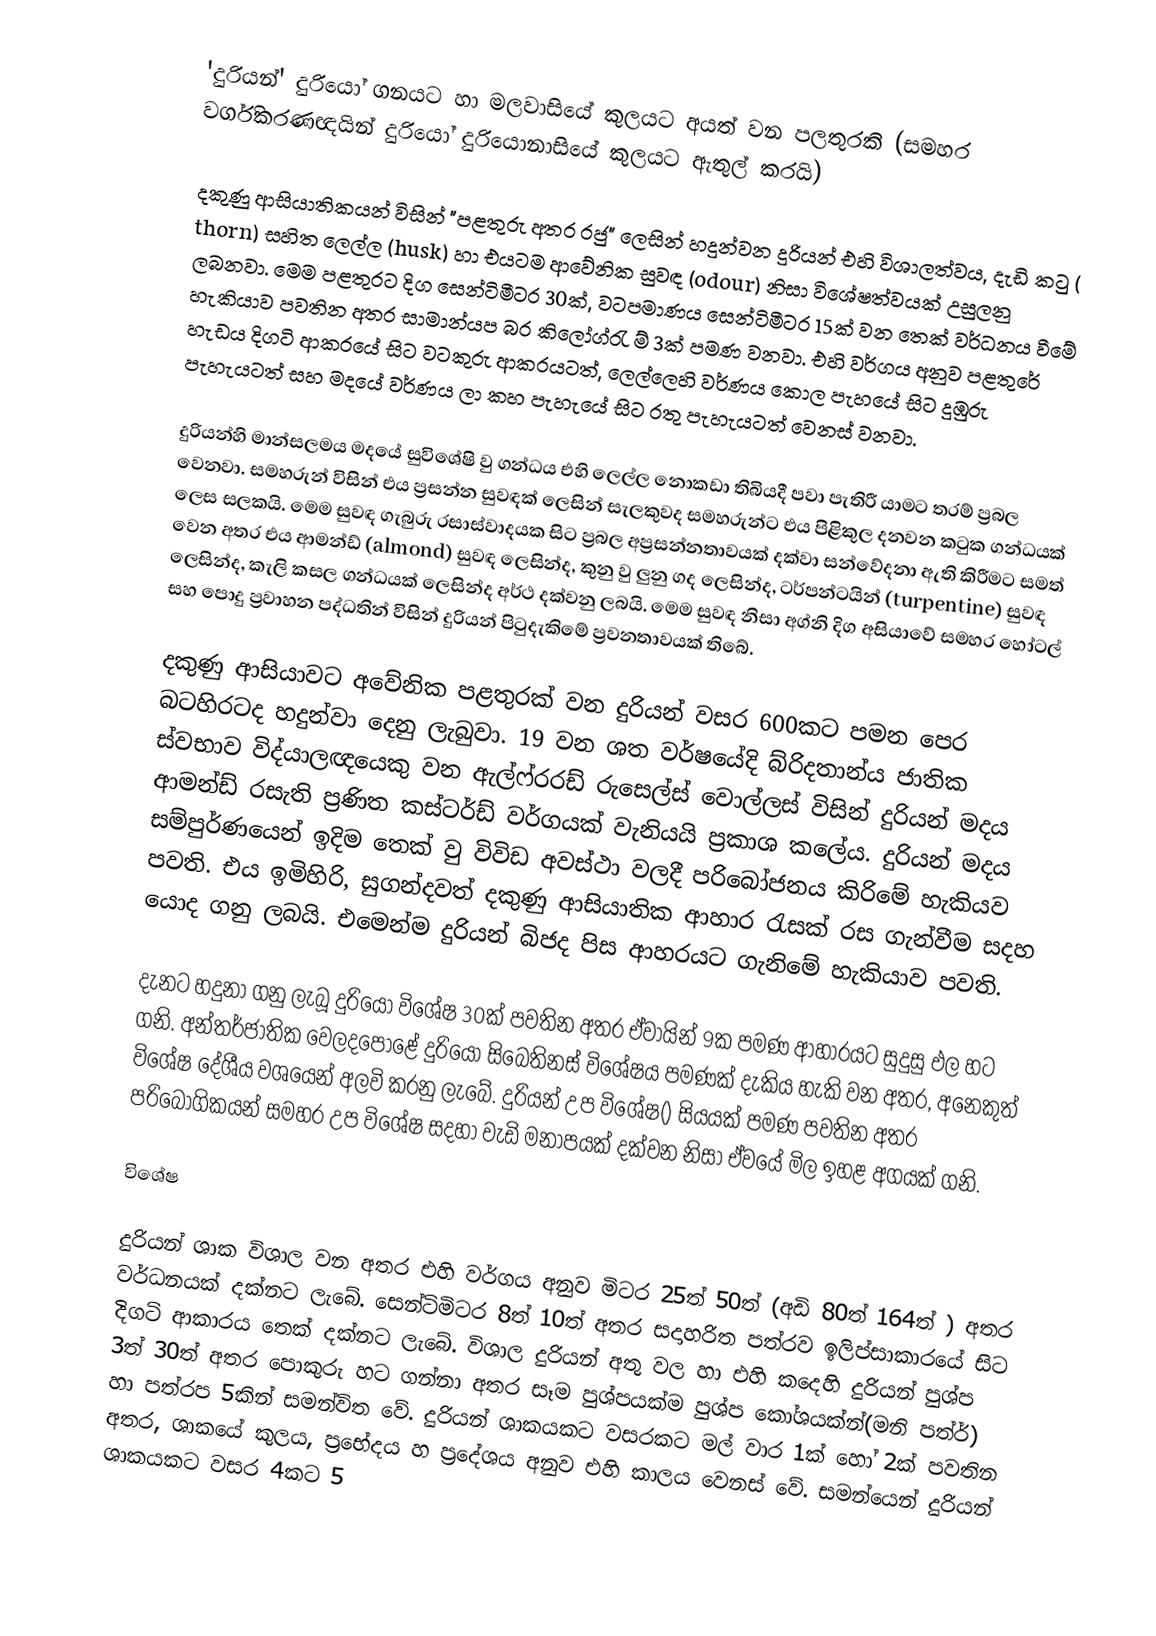
'දුරියන්' දුරියෝ ගනයට හා මලවාසියේ කුලයට අයත් වන පලතුරකි (සමහර වර්ගිකරණඥයින් දුරියෝ දුරියොනාසියේ කුලයට ඇතුල් කරයි)

දකුණු ආසියාතිකයන්  විසින් "පළතුරු අතර රජු" ලෙසින් හදුන්වන දුරියන් එහි විශාලත්වය, දැඩි කටු ( thorn) සහිත ලෙල්ල (husk) හා එයටම ආවේනික සුවඳ (odour) නිසා විශේෂත්වයක් උසුලනු ලබනවා. මෙම පළතුරට දිග සෙන්ටිමීටර 30ක්, වටපමාණය සෙන්ටිමීටර 15ක් වන තෙක් වර්ධනය වීමේ හැකියාව පවතින අතර සාමාන්යප බර කිලෝග්රැ ම් 3ක් පමණ වනවා. එහි වර්ගය අනුව පළතුරේ හැඩය දිගටි ආකරයේ සිට වටකුරු ආකරයටත්, ලෙල්ලෙහි වර්ණය කොල පැහයේ සිට දුඹුරු පැහැයටත් සහ මදයේ වර්ණය ලා කහ පැහැයේ සිට රතු පැහැයටත් වෙනස් වනවා.

දුරියන්හි මාන්සලමය මදයේ සුවිශේෂි වු ගන්ධය එහි ලෙල්ල නොකඩා තිබියදී පවා පැතිරී යාමට තරම් ප්‍රබල වෙනවා.  සමහරුන් විසින් එය ප්‍රසන්න සුවඳක් ලෙසින් සැලකුවද සමහරුන්ට එය පිළිකුල දනවන කටුක ගන්ධයක් ලෙස සලකයි.  මෙම සුවඳ ගැබුරු රසාස්වාදයක සිට ප්‍රබල අප්‍රසන්නතාවයක් දක්වා සන්වේදනා ඇති කිරීමට සමත් වෙන අතර එය ආමන්ඩ් (almond) සුවඳ ලෙසින්ද, කුනු වු ලුනු ගද ලෙසින්ද, ටර්පන්ටයින් (turpentine) සුවඳ ලෙසින්ද, කැලි කසල ගන්ධයක් ලෙසින්ද අර්ථ දක්වනු ලබයි. මෙම සුවඳ නිසා අග්නි දිග අසියාවේ සමහර හෝටල් සහ පොදු ප්‍රවාහන පද්ධතින් විසින් දුරියන් පිටුදැකිමේ ප්‍රවනතාවයක් තිබේ.

දකුණු ආසියාවට අවේනික පළතුරක් වන දුරියන් වසර 600කට පමන පෙර  බටහිරටද හදුන්වා දෙනු ලැබුවා. 19 වන ශත වර්ෂයේදි  බ්රිදතාන්ය  ජාතික ස්වභාව විද්යාලඥයෙකු වන ඇල්ෆ්රරඩ් රුසෙල්ස් වොල්ලස් විසින් දුරියන් මදය ආමන්ඩ් රසැති ප්‍රණිත කස්ටර්ඩ් වර්ගයක් වැනියයි ප්‍රකාශ කලේය. දුරියන් මදය සම්පුර්ණයෙන් ඉදිම තෙක් වු විවිඩ අවස්ථා වලදී පරිබෝජනය කිරිමේ හැකියව පවති. එය ඉමිහිරි, සුගන්දවත් දකුණු ආසියාතික ආහාර රැසක් රස ගැන්වීම සදහ යොද ගනු ලබයි. එමෙන්ම දුරියන් බිජද පිස ආහරයට ගැනිමේ හැකියාව පවති.

දැනට හදුනා ගනු ලැබූ දුරියෝ විශේෂ 30ක් පවතින අතර ඒවායින් 9ක පමණ ආහාරයට සුදුසු ඵල හට ගනි. අන්තර්ජාතික වෙලදපොළේ දුරියෝ සිබෙතිනස් විශේෂය පමණක් දැකිය හැකි වන අතර, අනෙකුත් විශේෂ දේශීය වශයෙන් අලවි කරනු ලැබේ. දුරියන් උප විශේෂ() සියයක් පමණ පවතින අතර පරිබෝගිකයන් සමහර උප විශේෂ සදහා වැඩි මනාපයක් දක්වන නිසා ඒවයේ මිල ඉහළ අගයක් ගනි.

විශේෂ

දුරියන් ශාක විශාල වන අතර එහි වර්ගය අනුව මිටර 25ත් 50ත් (අඩි 80ත් 164ත් ) අතර වර්ධනයක් දක්නට ලැබේ. සෙන්ටිමිටර 8ත් 10ත් අතර සදාහරිත පත්රව ඉලිප්සාකාරයේ සිට දිගටි ආකාරය තෙක් දක්නට ලැබේ. විශාල දුරියන් අතු වල හා එහි කදෙහි දුරියන් පුශ්ප 3ත් 30ත් අතර පොකුරු හට ගන්නා අතර සෑම පුශ්පයක්ම පුශ්ප කෝශයක්න්(මනි පත්ර්) හා පත්රප 5කින් සමන්විත වේ. දුරියන් ශාකයකට වසරකට මල් වාර 1ක් හෝ 2ක් පවතින අතර, ශාකයේ කුලය, ප්‍රභේදය හ ප්‍රදේශය අනුව එහි කාලය වෙනස් වේ. සමන්යෙන් දුරියන් ශාකයකට වසර 4කට 5